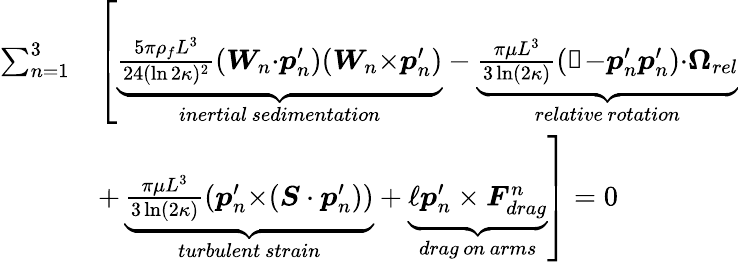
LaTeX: \begin{array}{rl}{\sum_{n=1}^{3}}&{\left[\underbrace{\frac{5\pi\rho_{f}L^{3}}{24(\ln 2\kappa)^{2}}(\boldsymbol{W}_{n}{\cdot}\boldsymbol{p}_{n}^{\prime})(\boldsymbol{W}_{n}{\times}\boldsymbol{p}_{n}^{\prime})}_{inertial\, sedimentation}-\underbrace{\frac{\pi\mu L^{3}}{3\ln(2\kappa)}(\mathbb{1}{-}\boldsymbol{p}_{n}^{\prime}\boldsymbol{p}_{n}^{\prime}){\cdot}\boldsymbol{\Omega}_{\textit{rel}}}_{relative\, rotation}\right.}\\ &{+\left.\underbrace{\frac{\pi\mu L^{3}}{3\ln(2\kappa)}(\boldsymbol{p}_{n}^{\prime}{\times}(\boldsymbol{S}\cdot\boldsymbol{p}_{n}^{\prime}))}_{turbulent\, strain}+\underbrace{\ell\boldsymbol{p}_{n}^{\prime}\times\boldsymbol{F}_{drag}^{n}}_{drag\, on\, arms}\right]=0}\end{array}